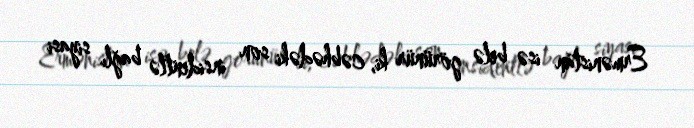
Ermənistan isə belə görünür ki, cəbhədəki son insidentlə bağlı siyasi